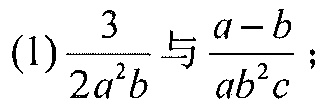
(1)\(\frac{3}{2a^{2}b}\)与\(\frac{a - b}{ab^{2}c}\)；